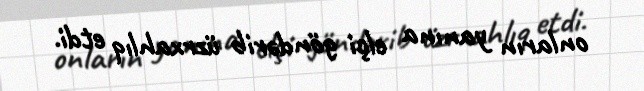
onların yanına elçi göndərib üzrxahlıq etdi.